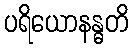
ပရိယောနန္ဓတိ